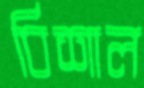
বিশাল